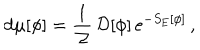
\mathrm { d } \mu [ \phi ] = \frac { 1 } { { \cal Z } } \, { \cal D } [ \phi ] \, \mathrm { e } ^ { - S _ { \mathrm { E } } [ \phi ] } \, ,